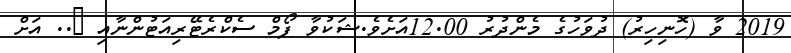
2019 ވާ (ހޮނިހިރު) ދުވަހުގެ މެންދުރު 12.00އަށެވެ.ޝަކުވާ ފޯމް ސެކްރެޓޭރިއަޓުންނާއި @.. އަށް